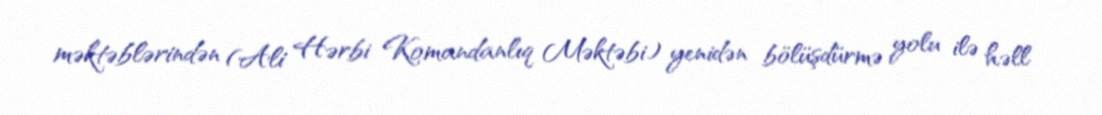
məktəblərindən (Ali Hərbi Komandanlıq Məktəbi) yenidən bölüşdürmə yolu ilə həll